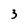
Character: 3